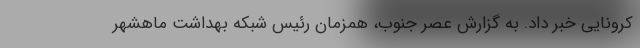
کرونایی خبر داد. به گزارش عصر جنوب، همزمان رئیس شبکه بهداشت ماهشهر